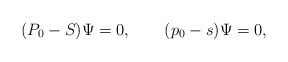
\begin{align*}(P_0-S)\Psi=0, \qquad (p_0-s)\Psi=0, \end{align*}